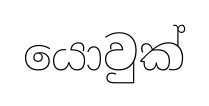
යොවුක්